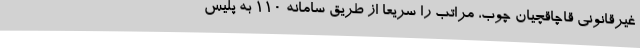
غیرقانونی قاچاقچیان چوب، مراتب را سریعا از طریق سامانه 110 به پلیس